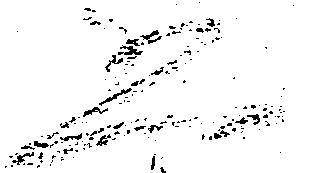
恐